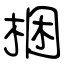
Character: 梱